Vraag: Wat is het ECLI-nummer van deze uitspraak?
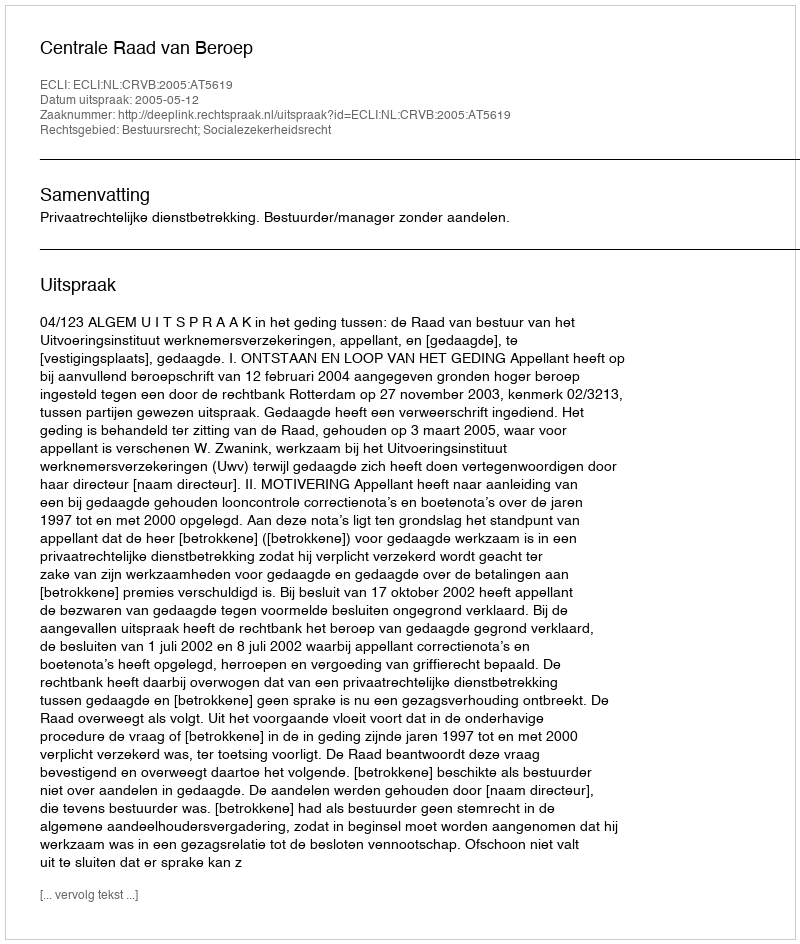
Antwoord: ECLI:NL:CRVB:2005:AT5619